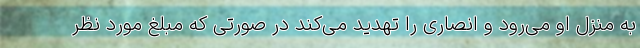
به منزل او می‌رود و انصاری را تهدید می‌کند در صورتی که مبلغ مورد نظر